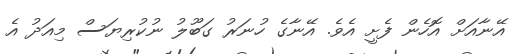
އޭނާއަށް އޮހެން ފެށީ އެވެ. އޭނާގެ ހުނަރު ގަބޫލު ނުކުރިޔަސް މިއަދު އެ